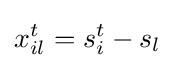
x_{il}^{t}=s_{i}^{t}-s_{l}